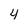
Character: 4